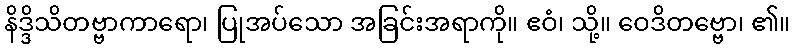
နိဒ္ဒိသိတဗ္ဗာကာရော၊ ပြုအပ်သော အခြင်းအရာကို။ ဧဝံ၊ သို့။ ဝေဒိတဗ္ဗော၊ ၏။